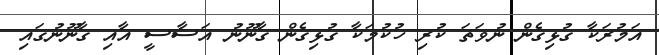
އަމުރަކާ ގުޅިގެން ނުވަތަ ކުރި ހުކުމަކާ ގުޅިގެން ގާނޫނު އަސާސީ އާއި ގާނޫނުގައި